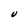
Character: U